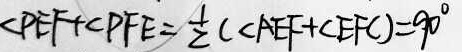
\angle P E F + \angle P F E = \frac { 1 } { 2 } ( \angle A E F + \angle E F C ) = 9 0 ^ { \circ }